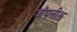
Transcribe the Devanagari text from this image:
जॅपनीझ